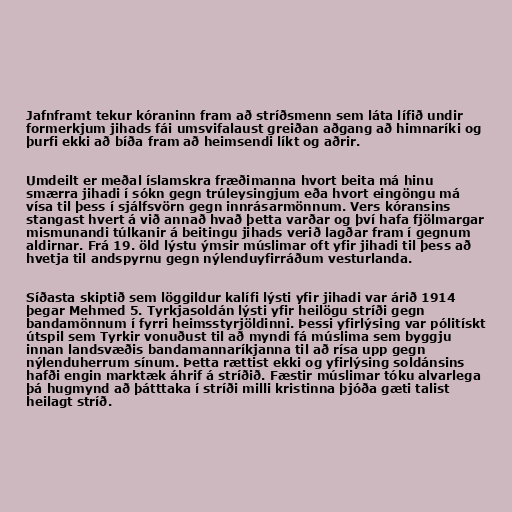
Jafnframt tekur kóraninn fram að stríðsmenn sem láta lífið undir
formerkjum jihads fái umsvifalaust greiðan aðgang að himnaríki og
þurfi ekki að bíða fram að heimsendi líkt og aðrir.

Umdeilt er meðal íslamskra fræðimanna hvort beita má hinu
smærra jihadi í sókn gegn trúleysingjum eða hvort eingöngu má
vísa til þess í sjálfsvörn gegn innrásarmönnum. Vers kóransins
stangast hvert á við annað hvað þetta varðar og því hafa fjölmargar
mismunandi túlkanir á beitingu jihads verið lagðar fram í gegnum
aldirnar. Frá 19. öld lýstu ýmsir múslimar oft yfir jihadi til þess að
hvetja til andspyrnu gegn nýlenduyfirráðum vesturlanda.

Síðasta skiptið sem löggildur kalífi lýsti yfir jihadi var árið 1914
þegar Mehmed 5. Tyrkjasoldán lýsti yfir heilögu stríði gegn
bandamönnum í fyrri heimsstyrjöldinni. Þessi yfirlýsing var pólitískt
útspil sem Tyrkir vonuðust til að myndi fá múslima sem byggju
innan landsvæðis bandamannaríkjanna til að rísa upp gegn
nýlenduherrum sínum. Þetta rættist ekki og yfirlýsing soldánsins
hafði engin marktæk áhrif á stríðið. Fæstir múslimar tóku alvarlega
þá hugmynd að þátttaka í stríði milli kristinna þjóða gæti talist
heilagt stríð.